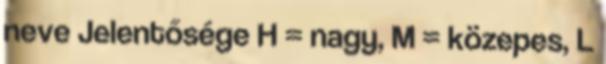
neve Jelentősége H = nagy, M = közepes, L